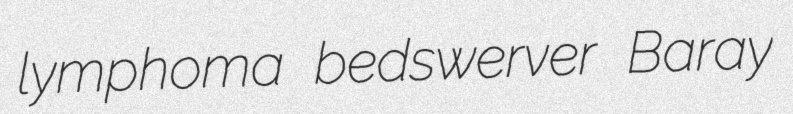
lymphoma bedswerver Baray